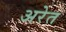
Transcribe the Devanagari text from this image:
अरेत